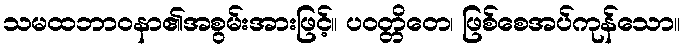
သမထဘာဝနာ၏အစွမ်းအားဖြင့်။ ပဝတ္တိတေ၊ ဖြစ်စေအပ်ကုန်သော။